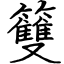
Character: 䉶